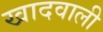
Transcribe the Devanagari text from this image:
खादवाली